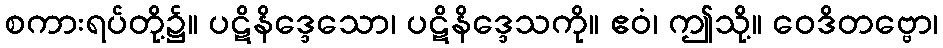
စကားရပ်တို့၌။ ပဋိနိဒ္ဒေသော၊ ပဋိနိဒ္ဒေသကို။ ဧဝံ၊ ဤသို့။ ဝေဒိတဗ္ဗော၊